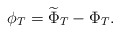
\begin{align*}\phi_T = \widetilde{\Phi}_T -\Phi_T. \end{align*}